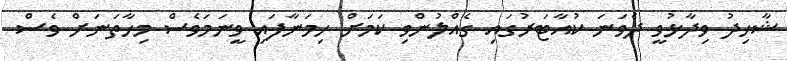
ޝާހިދު ވިދާޅުވީ ދެވަނަ ކުއާޓަރުގައި ގެއްލުންވި ކަމަށް ހިމަނާފައި ވީނަމަވެސް މިހާތަނަށް ވެސް